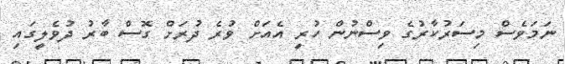
ނަމަވެސް މިސަރުކާރުގެ ވިސްނުން ހުރީ އެއަށް ވުރެ ދުރަށް ގޮސް ބާރު ދުވެލީގައި